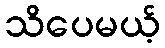
သိပေမယ့်